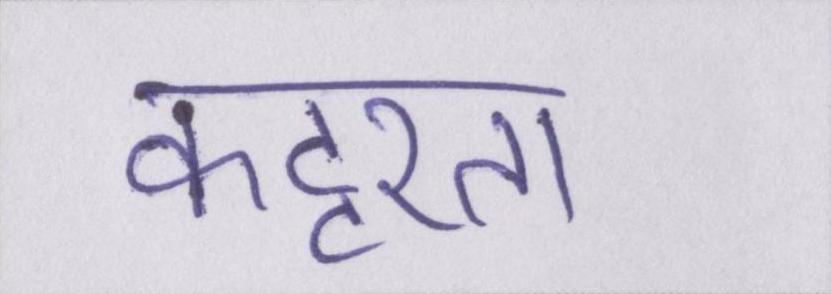
कट्टरता